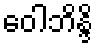
ဝေါဘိန္ဒိ